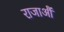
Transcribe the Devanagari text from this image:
राजाऔं